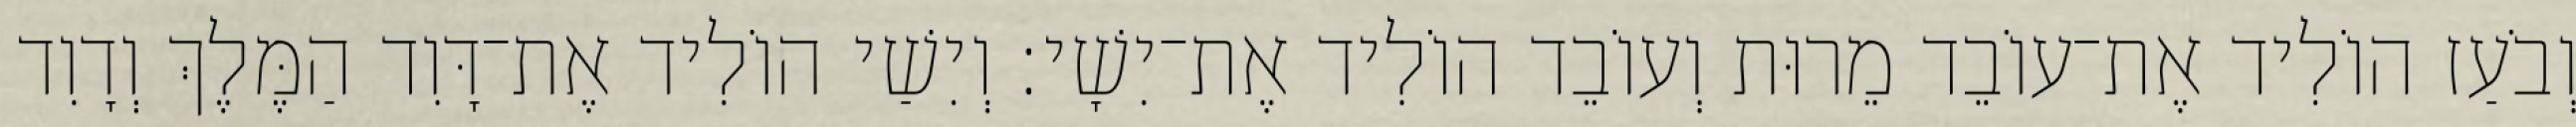
וְבֹעַז הוֹלִיד אֶת־עוֹבֵד מֵרוּת וְעוֹבֵד הוֹלִיד אֶת־יִשָׁי׃ וְיִשַׁי הוֹלִיד אֶת־דָּוִד הַמֶּלֶךְ וְדָוִד